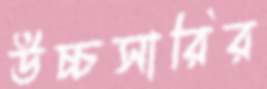
উচ্চসারির